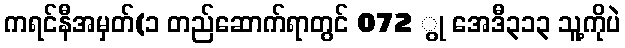
ကရင်နီအမှတ်(၁ တည်ဆောက်ရာတွင် 072 ွု အေဒီ၃၁၃ သူ့ကိုပဲ